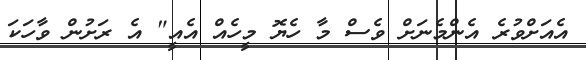
އެއަށްވުރެ އެންމެނަށް ވެސް މާ ހެޔޮ މީހެއް އެއީ" އެ ރަށުން ވާހަކަ